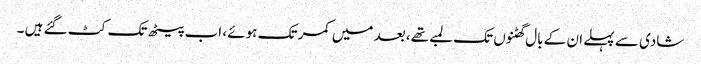
شادی سے پہلے ان کے بال گھٹنوں تک لمبے تھے، بعد میں کمر تک ہوئے ، اب پیٹھ تک کٹ گئے ہیں ۔